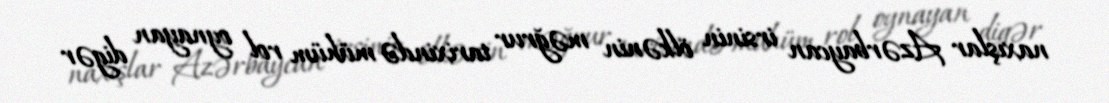
naxışlar Azərbaycan irsinin ölkənin məğrur tarixində mühüm rol oynayan digər